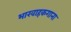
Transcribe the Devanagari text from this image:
भारवाहकगाना